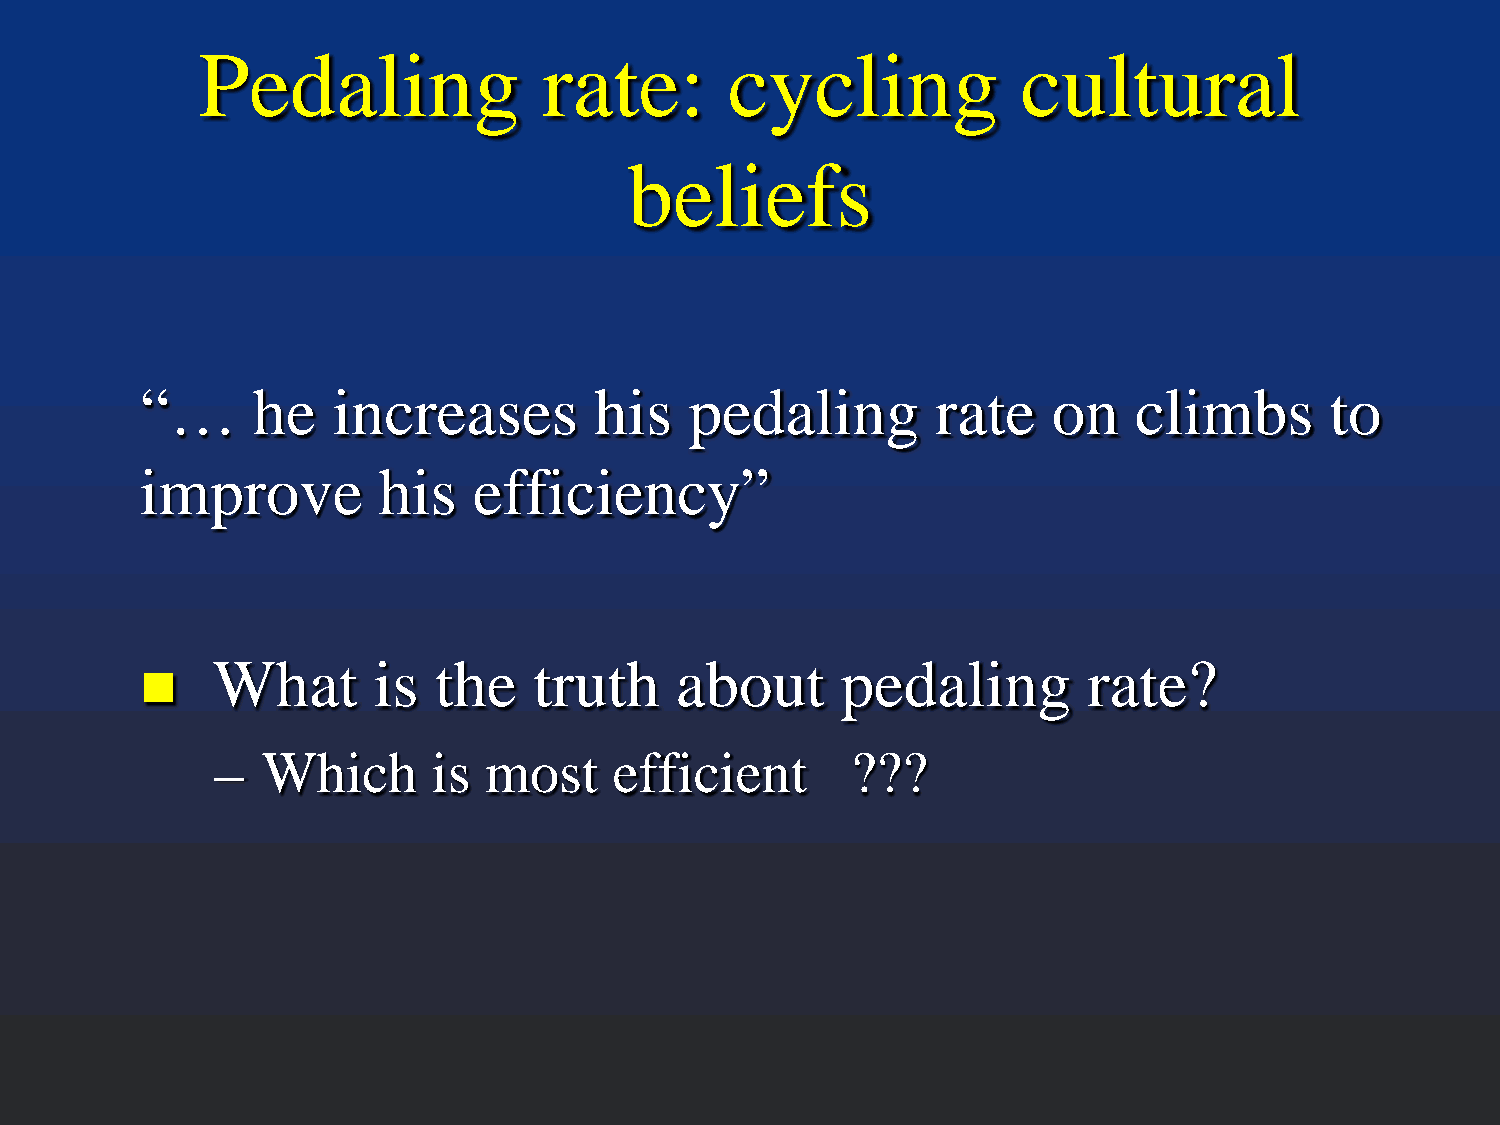
Pedaling               rate:       cycling             cultural
 beliefs
 “…      he   increases        his    pedaling        rate    on   climbs       to
 improve         his   efficiency”
 What       is  the   truth     about      pedaling        rate?
 
 –  Which       is most     efficient      ???